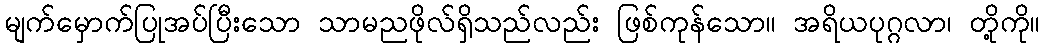
မျက်မှောက်ပြုအပ်ပြီးသော သာမညဖိုလ်ရှိသည်လည်း ဖြစ်ကုန်သော။ အရိယပုဂ္ဂလာ၊ တို့ကို။